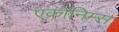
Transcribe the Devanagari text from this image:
एक्रोनिम्स